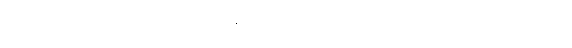
ကုပ္ပတိ၊ ဥပက္ခလိတွာ၊ တိုက်မိ၍ ချော်လဲလသော်။ ခါဏုကဿ၊ သစ်ငုတ်အား။ ကုပ္ပတိ၊